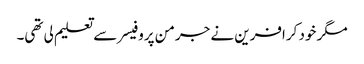
مگر خود کرافرین نے جرمن پروفیسر سے تعلیم لی تھی۔